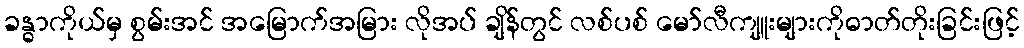
ခန္ဓာကိုယ်မှ စွမ်းအင် အမြောက်အမြား လိုအပ် ချိန်တွင် လစ်ပစ် မော်လီကျူးများကိုဓာတ်တိုးခြင်းဖြင့်